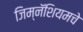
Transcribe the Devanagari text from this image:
जिम्नॅशियमचे